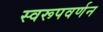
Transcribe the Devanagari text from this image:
स्वरूपवर्णन